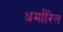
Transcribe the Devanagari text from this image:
धर्मांरित